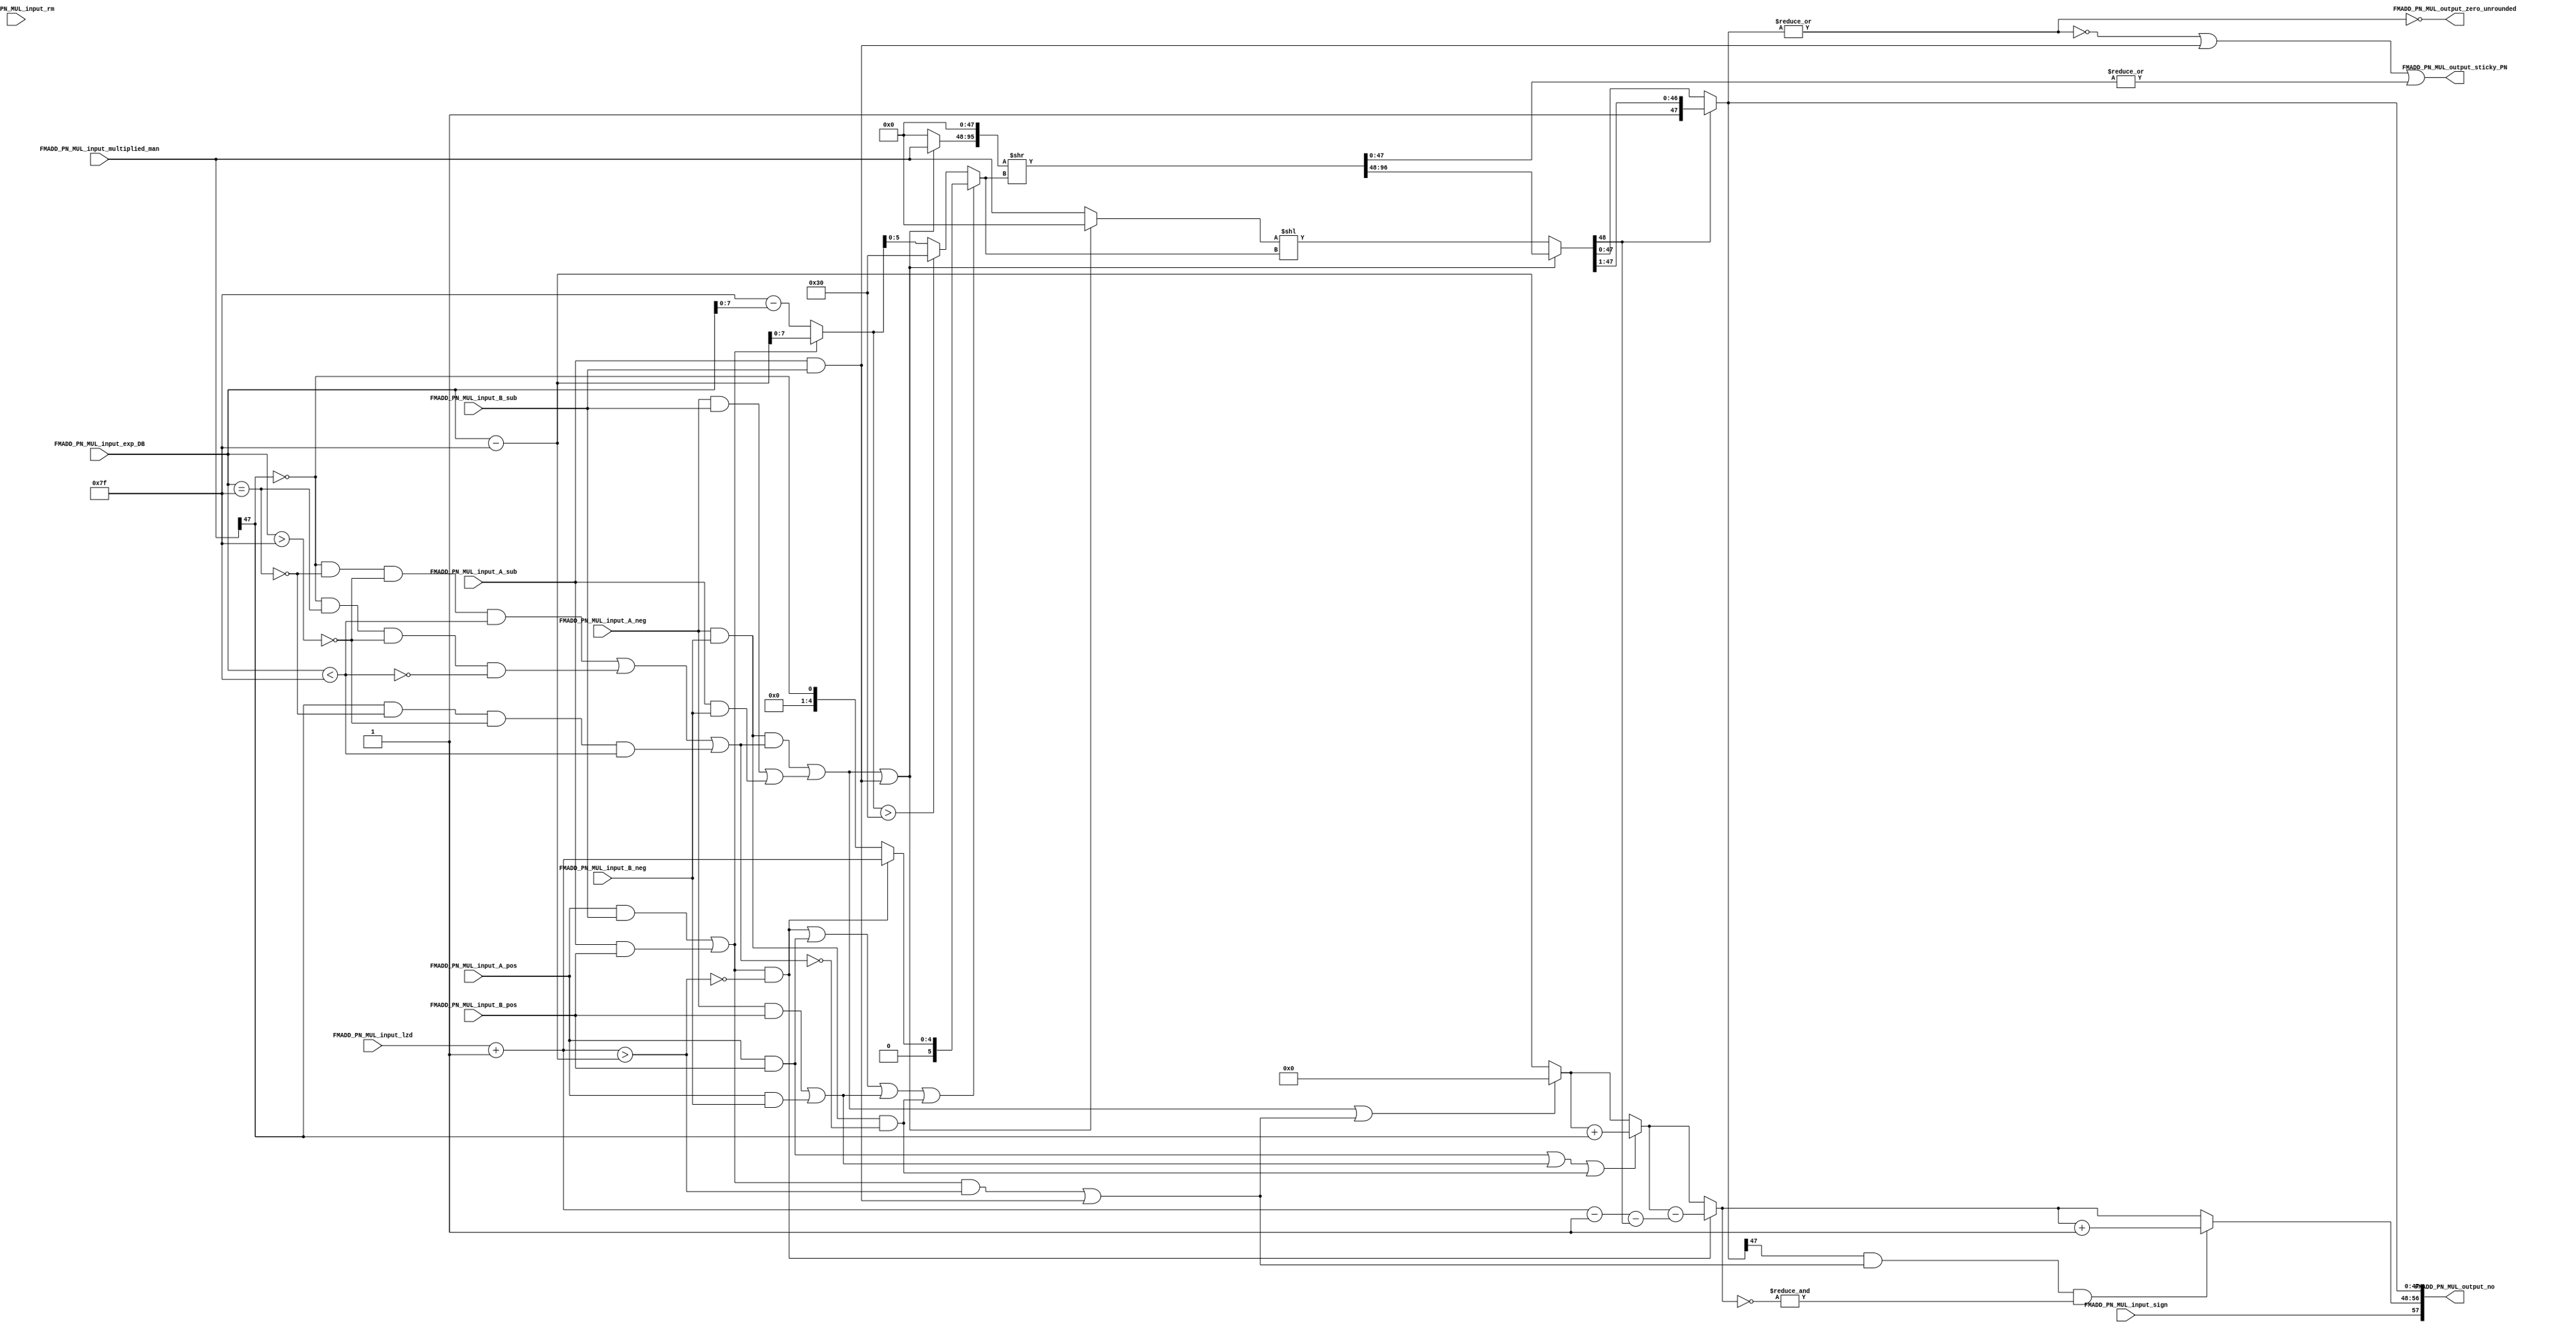
// Copyright 2023 MERL-DSU

// Licensed under the Apache License, Version 2.0 (the "License"); you may not use 
// this file except in compliance with the License. You may obtain a copy of the License at

//   http://www.apache.org/licenses/LICENSE-2.0

// Unless required by applicable law or agreed to in writing, software distributed under the 
// License is distributed on an "AS IS" BASIS, WITHOUT WARRANTIES OR CONDITIONS OF ANY KIND, 
// either express or implied. See the License for the specific language governing permissions 

module FMADD_PN_MUL( FMADD_PN_MUL_input_sign, FMADD_PN_MUL_input_exp_DB, FMADD_PN_MUL_input_multiplied_man, FMADD_PN_MUL_input_lzd, FMADD_PN_MUL_input_rm, FMADD_PN_MUL_input_A_neg, FMADD_PN_MUL_input_A_pos, FMADD_PN_MUL_input_A_sub, FMADD_PN_MUL_input_B_neg, FMADD_PN_MUL_input_B_pos, FMADD_PN_MUL_input_B_sub, FMADD_PN_MUL_output_no, FMADD_PN_MUL_output_sticky_PN, FMADD_PN_MUL_output_zero_unrounded);



//Defining Parameters
parameter std = 31;//Standard - 1
parameter man = 22;//mantissa bits -1
parameter exp = 7;//Exp bits -1
parameter bias = 127;//Bias for selected standard
parameter lzd = 4;

localparam result_size = man+man+4;//value is required for calculation. man+man+4 is the size of multiplied result.


input FMADD_PN_MUL_input_A_neg, FMADD_PN_MUL_input_A_pos, FMADD_PN_MUL_input_A_sub, FMADD_PN_MUL_input_B_neg, FMADD_PN_MUL_input_B_pos, FMADD_PN_MUL_input_B_sub;
input FMADD_PN_MUL_input_sign;
input [exp+1 : 0]FMADD_PN_MUL_input_exp_DB;
input [man+man+3 : 0]FMADD_PN_MUL_input_multiplied_man;
input [lzd : 0]FMADD_PN_MUL_input_lzd;
input [2 : 0]FMADD_PN_MUL_input_rm;


output [man+man+exp+6 : 0]FMADD_PN_MUL_output_no;//58 bit output having sign, 9bit exp and 48bit mantissa
output FMADD_PN_MUL_output_sticky_PN;
output FMADD_PN_MUL_output_zero_unrounded;

wire [lzd : 0]FMADD_PN_MUL_input_lzd_shifts = FMADD_PN_MUL_input_lzd + 1'b1; 
wire FMADD_PN_MUL_wire_op_1, FMADD_PN_MUL_wire_op_2, FMADD_PN_MUL_wire_op_3, FMADD_PN_MUL_wire_op_4, FMADD_PN_MUL_wire_op_5;
wire [exp+1 : 0]FMADD_PN_MUL_wire_127_sub_expDB_extra_bit, FMADD_PN_MUL_wire_expDB_sub_127_extra_bit;
wire [exp : 0] FMADD_PN_MUL_wire_exp_shifts_interim;
wire [lzd+1 : 0]FMADD_PN_MUL_wire_exp_shifts;
wire FMADD_PN_MUL_wire_condition_2;
wire [lzd+1 : 0]FMADD_PN_MUL_wire_shifts_lzd_msb;
wire [4 : 0] FMADD_PN_MUL_wire_output_LZD;
wire FMADD_PN_MUL_wire_condition_3;
wire [exp : 0]FMADD_PN_MUL_wire_shifts_interim;
wire FMADD_PN_MUL_wire_shifts_overflow;
wire [lzd+1 : 0]FMADD_PN_MUL_wire_shifts_final;
wire FMADD_PN_MUL_wire_exp_eq_127, FMADD_PN_MUL_wire_exp_gt_127, FMADD_PN_MUL_wire_exp_lt_127, PM_MUL_wire_sub_or_norm_op5;
wire FMADD_PN_LZD_wire_direction_shifts;
wire [man+man+3 : 0]FMADD_PN_MUL_wire_DTRS, FMADD_PN_MUL_wire_DTLS;
wire [man+man+4 : 0]FMADD_PN_MUL_wire_RS_data, FMADD_PN_MUL_wire_LS_data;
wire [man+man+4 : 0]FMADD_PN_MUL_wire_man_interim;
wire [man+man+3 : 0]FMADD_PN_MUL_wire_man_final;
wire [man+man+3 : 0]FMADD_PN_MUL_wire_dropped_bits;


wire FMADD_PN_MUL_wire_condition_5;
wire [exp+1 : 0]FMADD_PN_MUL_wire_exp_interim_1;
wire FMADD_PN_MUL_wire_condition_6;
wire [exp+1 : 0]FMADD_PN_MUL_wire_exp_interim_2;
wire [exp+1 : 0]FMADD_PN_MUL_wire_exp_interim_3;
wire FMADD_PN_MUL_wire_condition_7;
wire [4 : 0]FMADD_PN_MUL_wire_lzd_true;
wire [4 : 0]FMADD_PN_MUL_wire_lzd_true_sub_49;
wire [exp+1 : 0]FMADD_PN_MUL_wire_exp_interim_4;
wire [exp+1 : 0]FMADD_PN_MUL_wire_exp_interim_5;
wire FMADD_PN_MUL_wire_condition_8 ;
wire [exp+1 : 0] FMADD_PN_MUL_wire_exp_interim_6 ;

assign FMADD_PN_MUL_wire_op_1 = (FMADD_PN_MUL_input_A_pos) & (FMADD_PN_MUL_input_B_pos) ;
assign FMADD_PN_MUL_wire_op_2 = (FMADD_PN_MUL_input_A_neg) & (FMADD_PN_MUL_input_B_pos) | (FMADD_PN_MUL_input_A_pos) & (FMADD_PN_MUL_input_B_neg) ;
assign FMADD_PN_MUL_wire_op_3 = (FMADD_PN_MUL_input_A_pos) & (FMADD_PN_MUL_input_B_sub) | (FMADD_PN_MUL_input_A_sub) & (FMADD_PN_MUL_input_B_pos) ;
assign FMADD_PN_MUL_wire_op_4 = (FMADD_PN_MUL_input_A_neg) & (FMADD_PN_MUL_input_B_sub) | (FMADD_PN_MUL_input_A_sub) & (FMADD_PN_MUL_input_B_neg) ;
assign FMADD_PN_MUL_wire_op_5 = (FMADD_PN_MUL_input_A_neg) & (FMADD_PN_MUL_input_B_neg);

//both wires are 9 bit(extra bit) since the DB exponent is of 9 bits
assign FMADD_PN_MUL_wire_127_sub_expDB_extra_bit = bias[exp+1:0] - FMADD_PN_MUL_input_exp_DB;
assign FMADD_PN_MUL_wire_expDB_sub_127_extra_bit = FMADD_PN_MUL_input_exp_DB - bias[exp+1:0];


//condition1 == FMADD_PN_MUL_wire_op_3
assign FMADD_PN_MUL_wire_exp_shifts_interim = FMADD_PN_MUL_wire_op_3 ? (FMADD_PN_MUL_wire_expDB_sub_127_extra_bit[exp : 0]) : (FMADD_PN_MUL_wire_127_sub_expDB_extra_bit[exp : 0]);

//If shifts are greater than 48 then set then to 48.
assign FMADD_PN_MUL_wire_exp_shifts = (FMADD_PN_MUL_wire_exp_shifts_interim > (man+man+4)) ? (result_size[(lzd+1) : 0]) : (FMADD_PN_MUL_wire_exp_shifts_interim[(lzd+1) : 0]) ; 

assign FMADD_PN_MUL_wire_condition_2 = FMADD_PN_MUL_wire_op_3 & (!({4'b0000,FMADD_PN_MUL_input_lzd_shifts} > FMADD_PN_MUL_wire_expDB_sub_127_extra_bit));
assign FMADD_PN_MUL_wire_shifts_lzd_msb = FMADD_PN_MUL_wire_condition_2 ? ({1'b0,FMADD_PN_MUL_input_lzd_shifts}) : { ({(lzd+1){1'b0}}) , (!FMADD_PN_MUL_input_multiplied_man[man+man+3])} ;

//Condition using which value of shift will be decided
assign FMADD_PN_MUL_wire_condition_3 = FMADD_PN_MUL_wire_condition_2 | FMADD_PN_MUL_wire_op_1 | FMADD_PN_MUL_wire_op_2 | (FMADD_PN_MUL_wire_op_5 & (!PM_MUL_wire_sub_or_norm_op5));
//Deciding which value of shift to select
assign FMADD_PN_MUL_wire_shifts_final = FMADD_PN_MUL_wire_condition_3 ? FMADD_PN_MUL_wire_shifts_lzd_msb : FMADD_PN_MUL_wire_exp_shifts ;

assign FMADD_PN_MUL_wire_exp_eq_127 = FMADD_PN_MUL_input_exp_DB == bias;
assign FMADD_PN_MUL_wire_exp_gt_127 = FMADD_PN_MUL_input_exp_DB >  bias;
assign FMADD_PN_MUL_wire_exp_lt_127 = FMADD_PN_MUL_input_exp_DB <  bias;

//PM_MUL_wire_sub_or_norm_op5 == 1 when subnormal results from multiplication of -ve exp with subnormal
assign PM_MUL_wire_sub_or_norm_op5 = 
(!FMADD_PN_MUL_input_multiplied_man[man+man+3]) & (!FMADD_PN_MUL_wire_exp_eq_127) & (!FMADD_PN_MUL_wire_exp_gt_127) & ( FMADD_PN_MUL_wire_exp_lt_127) |
(!FMADD_PN_MUL_input_multiplied_man[man+man+3]) & ( FMADD_PN_MUL_wire_exp_eq_127) & (!FMADD_PN_MUL_wire_exp_gt_127) & (!FMADD_PN_MUL_wire_exp_lt_127) |
( FMADD_PN_MUL_input_multiplied_man[man+man+3]) & (!FMADD_PN_MUL_wire_exp_eq_127) & (!FMADD_PN_MUL_wire_exp_gt_127) & ( FMADD_PN_MUL_wire_exp_lt_127) ;

//Direction == 1 when right shifts are to be done and 0 when left shifts are to be done
//Direction of shifts is also to the right in case both the numbers are subnormal
assign FMADD_PN_LZD_wire_direction_shifts = (FMADD_PN_MUL_wire_op_5 & PM_MUL_wire_sub_or_norm_op5) | FMADD_PN_MUL_wire_op_4 | (FMADD_PN_MUL_input_A_sub & FMADD_PN_MUL_input_B_sub);

//DTRS = Data To Right Shift
assign FMADD_PN_MUL_wire_DTRS =  FMADD_PN_LZD_wire_direction_shifts ? FMADD_PN_MUL_input_multiplied_man : {(man+man+4){1'b0}} ;
//DTLS = Data To Left Shift
assign FMADD_PN_MUL_wire_DTLS =  FMADD_PN_LZD_wire_direction_shifts ? {(man+man+4){1'b0}} : FMADD_PN_MUL_input_multiplied_man ;

//RS == Right Shifted
assign {FMADD_PN_MUL_wire_RS_data, FMADD_PN_MUL_wire_dropped_bits} = ({1'b0, FMADD_PN_MUL_wire_DTRS,  48'd00}) >> FMADD_PN_MUL_wire_shifts_final;
//LS == Left Shifted
assign FMADD_PN_MUL_wire_LS_data = ({1'b0, FMADD_PN_MUL_wire_DTLS}) << FMADD_PN_MUL_wire_shifts_final;

assign FMADD_PN_MUL_wire_man_interim =  FMADD_PN_LZD_wire_direction_shifts ? FMADD_PN_MUL_wire_RS_data : FMADD_PN_MUL_wire_LS_data ;

assign FMADD_PN_MUL_wire_man_final = (FMADD_PN_MUL_wire_man_interim[man+man+4]) ? FMADD_PN_MUL_wire_man_interim[man+man+4 : 1] : FMADD_PN_MUL_wire_man_interim[man+man+3 : 0];

//Exponent Logic
wire FMADD_PN_MUL_wire_pos_into_sub_subnormal;
assign FMADD_PN_MUL_wire_pos_into_sub_subnormal = (FMADD_PN_MUL_wire_op_3 & ({4'b0000,FMADD_PN_MUL_input_lzd_shifts} > FMADD_PN_MUL_wire_expDB_sub_127_extra_bit)) | (FMADD_PN_MUL_input_A_sub & FMADD_PN_MUL_input_B_sub);
assign FMADD_PN_MUL_wire_condition_5 = FMADD_PN_MUL_wire_op_4 | (FMADD_PN_MUL_wire_op_5 & PM_MUL_wire_sub_or_norm_op5) | FMADD_PN_MUL_wire_pos_into_sub_subnormal ;

// Zero is first stored here since exponent size of different standards is different and using one specific size for FMADD_PN_MUL_wire_exp_interim_1 will raise a mismatch error.
assign FMADD_PN_MUL_wire_exp_interim_1 = FMADD_PN_MUL_wire_condition_5 ? ({(exp+2){1'b0}}) : (FMADD_PN_MUL_wire_expDB_sub_127_extra_bit) ;

assign FMADD_PN_MUL_wire_condition_6 = FMADD_PN_MUL_wire_op_1 | FMADD_PN_MUL_wire_op_2 | (FMADD_PN_MUL_wire_op_5 & (!PM_MUL_wire_sub_or_norm_op5));
assign FMADD_PN_MUL_wire_exp_interim_2 = FMADD_PN_MUL_wire_exp_interim_1 + {8'h00,FMADD_PN_MUL_input_multiplied_man[man+man+3]};
assign FMADD_PN_MUL_wire_exp_interim_3 = FMADD_PN_MUL_wire_condition_6 ? FMADD_PN_MUL_wire_exp_interim_2 : FMADD_PN_MUL_wire_exp_interim_1 ;

assign FMADD_PN_MUL_wire_condition_7 = FMADD_PN_MUL_wire_condition_2;
assign FMADD_PN_MUL_wire_lzd_true = FMADD_PN_MUL_input_lzd_shifts - 5'b0_0001;
/* verilator lint_off WIDTH */
assign FMADD_PN_MUL_wire_lzd_true_sub_49 = (FMADD_PN_MUL_wire_lzd_true - FMADD_PN_MUL_wire_man_interim[man+man+4]);
assign FMADD_PN_MUL_wire_exp_interim_4 = FMADD_PN_MUL_wire_exp_interim_3 - FMADD_PN_MUL_wire_lzd_true_sub_49;
/* verilator lint_on WIDTH */

assign FMADD_PN_MUL_wire_exp_interim_5 = FMADD_PN_MUL_wire_condition_7 ? FMADD_PN_MUL_wire_exp_interim_4 : FMADD_PN_MUL_wire_exp_interim_3 ;

// In case hidden bit of the mantissa is 1 and exponent is all 0 then add 1 in the exponent
assign FMADD_PN_MUL_wire_condition_8 = ((FMADD_PN_MUL_wire_man_final[man+man+3]) & FMADD_PN_MUL_wire_pos_into_sub_subnormal & (&(~FMADD_PN_MUL_wire_exp_interim_5)));
assign FMADD_PN_MUL_wire_exp_interim_6 = (FMADD_PN_MUL_wire_condition_8) ? (FMADD_PN_MUL_wire_exp_interim_5 + 1'b1) : (FMADD_PN_MUL_wire_exp_interim_5) ;

//Output number
assign FMADD_PN_MUL_output_no = {FMADD_PN_MUL_input_sign, FMADD_PN_MUL_wire_exp_interim_6, FMADD_PN_MUL_wire_man_final};

//If mantissa after all the processing is zero than it means it has became zero due to shifting and sticky is one.
assign FMADD_PN_MUL_wire_shifts_overflow = (!(|FMADD_PN_MUL_wire_man_final)) | (FMADD_PN_MUL_input_A_sub & FMADD_PN_MUL_input_B_sub) | (|FMADD_PN_MUL_wire_dropped_bits);
//or there is a 1 in dropped bits or subnormal numbers are getting multiplied with each other then sticky_PN will get high.
assign FMADD_PN_MUL_output_sticky_PN = FMADD_PN_MUL_wire_shifts_overflow;


//Checking Mantissa bits to determine whether the output number before rounding in 0
assign FMADD_PN_MUL_output_zero_unrounded = ~(|(FMADD_PN_MUL_wire_man_final[man+man+3 : 0]));


endmodule